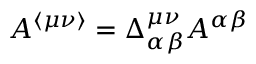
A ^ { \langle \mu \nu \rangle } = \Delta _ { \alpha \beta } ^ { \mu \nu } A ^ { \alpha \beta }